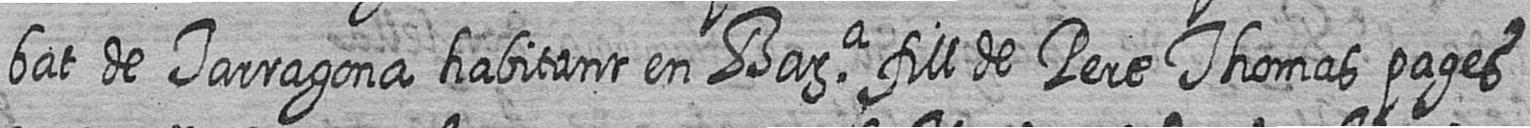
bat de Tarragona habitant en Bara fill de Pere Thomas pages